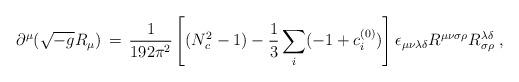
LaTeX: \begin{align*}\partial^\mu (\sqrt{-g}R_{\mu})\,=\,\frac{1}{192\pi^2}\left[(N_c^2-1) -\frac{1}{3}\sum_i (-1 +c_i^{(0)}) \right]\epsilon_{\mu\nu\lambda\delta} R^{\mu\nu\sigma\rho}R^{\lambda\delta}_{\sigma\rho} \; ,\end{align*}